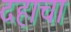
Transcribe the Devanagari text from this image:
दहाचा